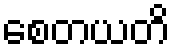
စေတယတိ